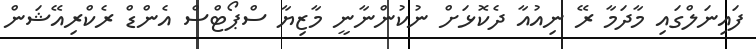
ފައިނަލްގައި މާދަމާ ރޭ ނިއުއާ ދެކޮޅަށް ނުކުންނާނީ މާޒިޔާ ސްޕޯޓްސް އެންޑް ރެކްރިއޭޝަން